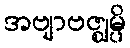
အဗျာဗဇ္ဈမ္ပိ